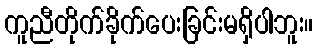
ကူညီတိုက်ခိုက်ပေးခြင်းမရှိပါဘူး။